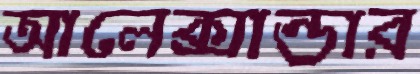
আলেক্সান্ডার